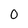
Character: 0